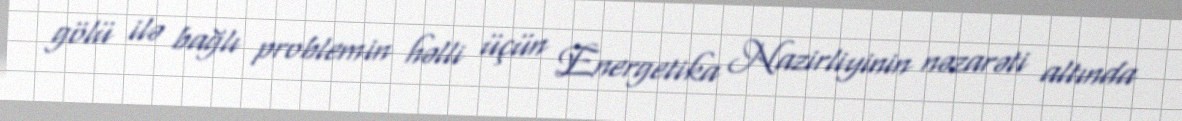
gölü ilə bağlı problemin həlli üçün Energetika Nazirliyinin nəzarəti altında